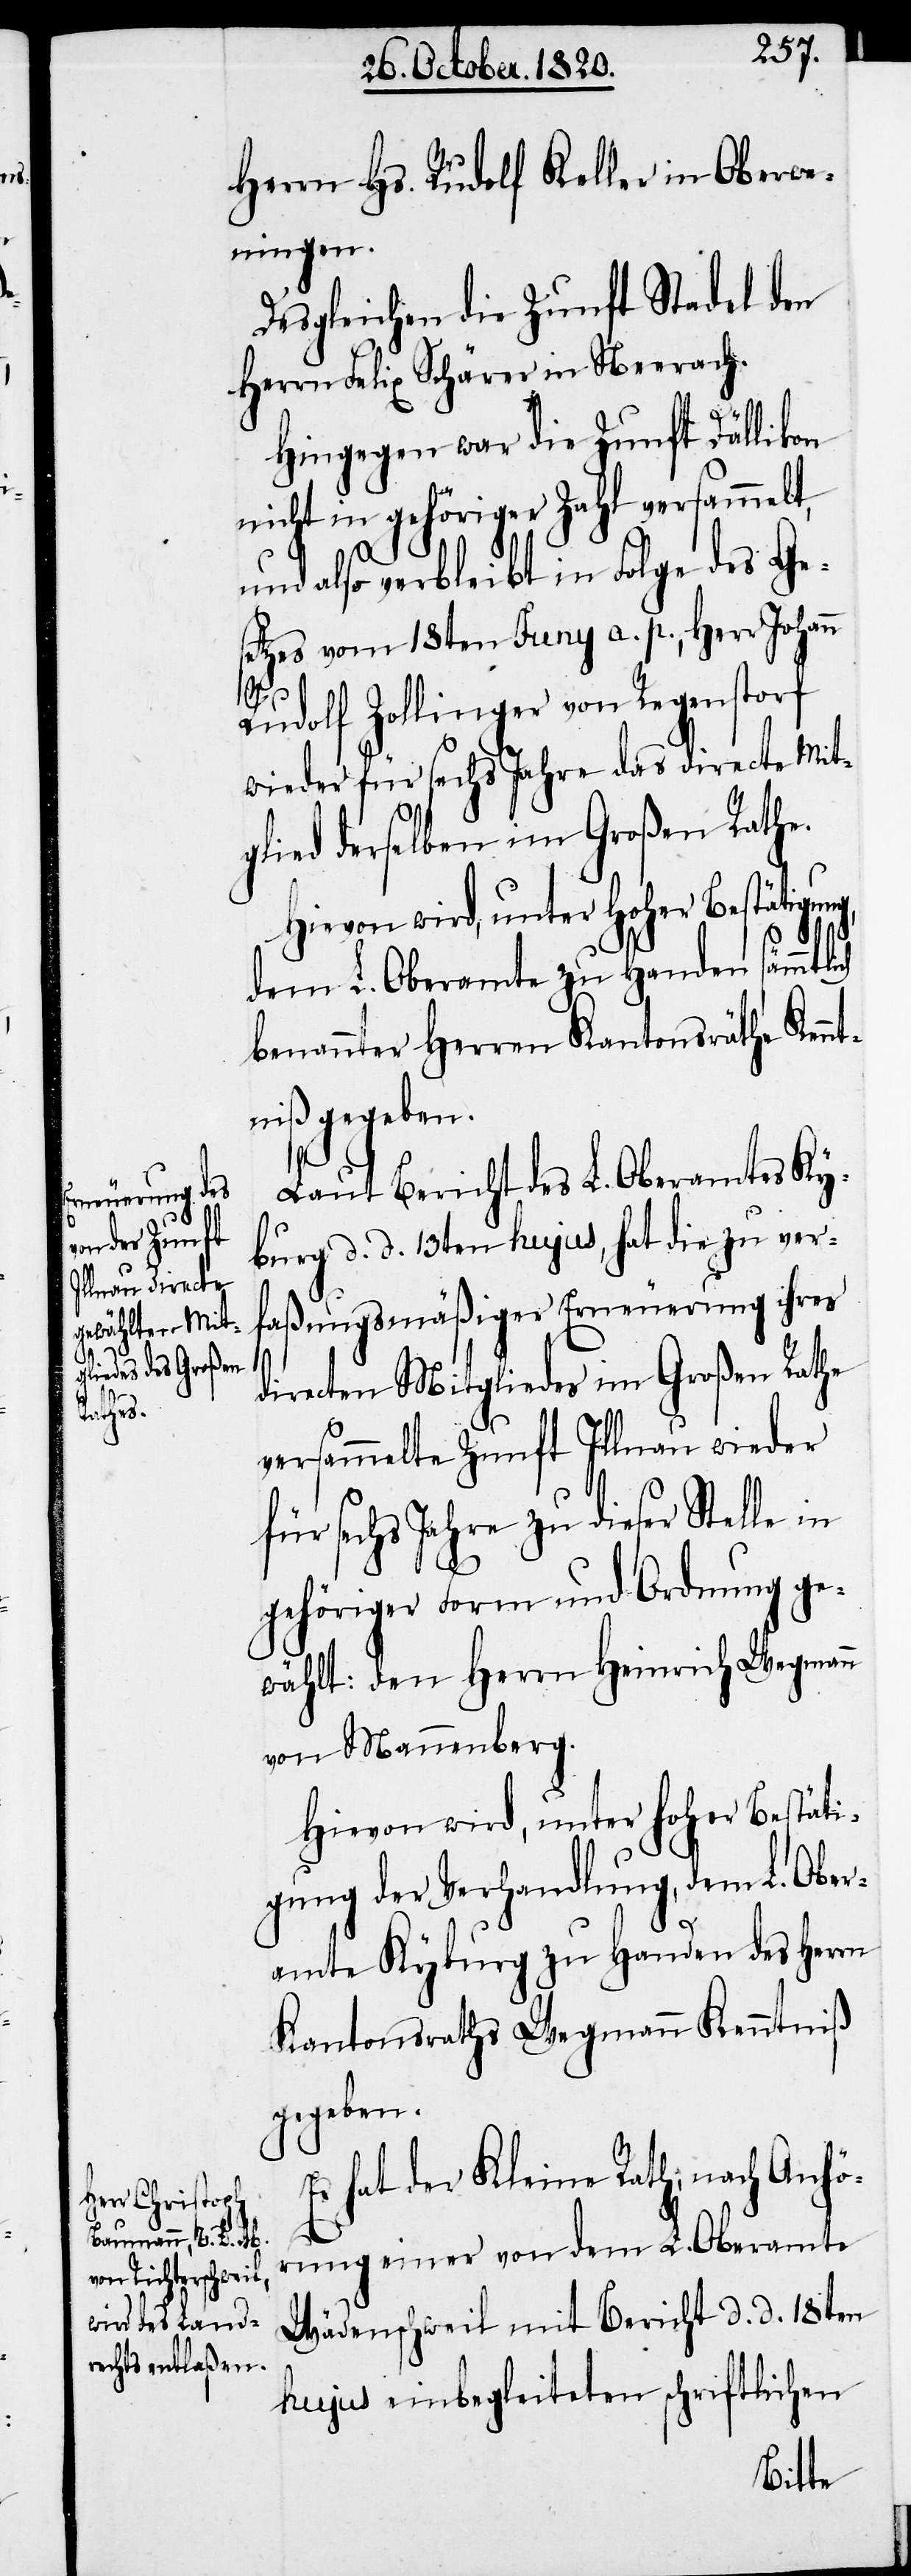
Herrn Hs. Rudolf Keller in Oberwe¬
ningen.
Desgleichen die Zunft Stadel den
Herrn Felix Schärer in Neerach.
gung,
Hingegen war die Zunft Dällikon
nicht in gehöriger Zahl versammelt,
und also verbleibt in Folge des Ge¬
setzes vom 18ten Juny a. p., Herr Johann
Rudolf Zollinger von Regenstorf
wieder für sechs Jahre das directe Mit¬
glied derselben im Großen Rathe.
dem L. Oberamte zu Handen sämtlich
benannter Herren Kantonsräthe Kenn¬
tniß gegeben.
Laut Bericht des L. Oberamtes Ky¬
burg d. d. 13ten hujus, hat die zu ver¬
faßungsmäßiger Erneuerung ihres
directen Mitgliedes im Großen Rathe
versammelte Zunft Illnau wieder
für sechs Jahre zu dieser Stelle in
gehöriger Form und Ordnung ge¬
wählt: den Herrn Heinrich Wegmann
von Neuenberg.
Hievon wird, unter hoher Bestäti¬
gung der Verhandlung, dem L. Ober¬
amte Kyburg zu Handen des Herrn
Kantonsraths Wegmann Kenntniß
gegeben.
Es hat der Kleine Rath, nach Anhö¬
rung einer von dem L. Oberamte
Wädenschweil mit Bericht d. d. 18ten
hujus einbegleiteten schriftlichen